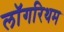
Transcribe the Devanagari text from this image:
लॉगरिथम